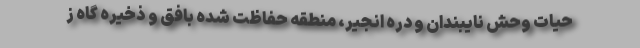
حیات وحش نایبندان و دره انجیر، منطقه حفاظت شده بافق و ذخیره گاه ز